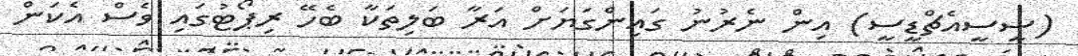
(ސީސީއެޗްޑީސީ) އިން ނެރުނު ގައިންގަޔަށް އަރާ ބަލިތަކާ ބެހޭ ރިޕޯޓުގައި ވެސް އެކަން